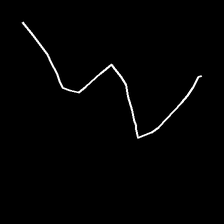
Glyph: crush